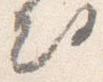
出